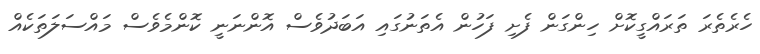
ހެރެތެރަ ތަރައްގީކޮށް ހިންގަން ފެށި ފަހުން އެތަނުގައި އަބަދުވެސް އޮންނަނީ ކޮންމެވެސް މައްސަލަތަކެއް